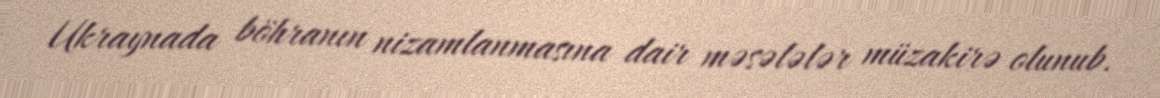
Ukraynada böhranın nizamlanmasına dair məsələlər müzakirə olunub.